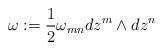
LaTeX: \begin{align*}\omega:=\frac{1}{2}\omega_{mn}dz^{m}\wedge dz^{n}\end{align*}